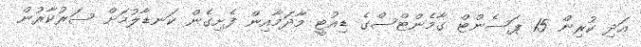
އަދި ކުރިން 15 ޕަސެންޓް ގާމެންޓްސްގެ ޑިއުޓީ މާދަމާއިން ފެށިގެން ކަނޑާލުމަށް ސަރުކާރުން